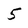
Character: 5